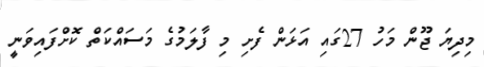
މިދިޔަ ޖޫން މަހު 27ގައި އަޅަން ފެށި މި ފާލަމުގެ މަސައްކަތް ކޮށްފައިވަނީ